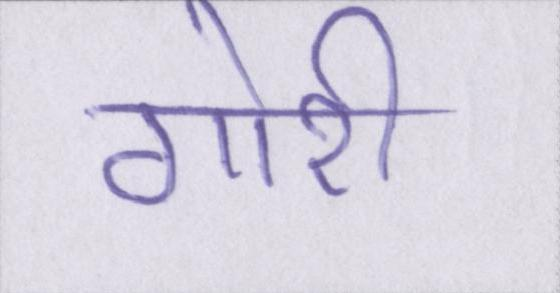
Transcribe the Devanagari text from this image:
गोरी